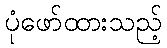
ပုံဖော်ထားသည့်